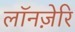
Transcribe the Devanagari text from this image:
लॉनज़ेरि